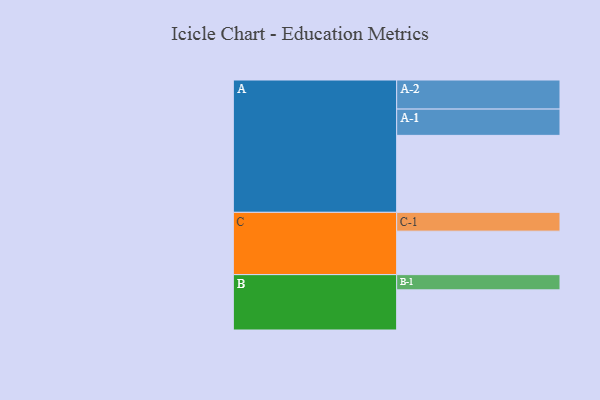
{"axis": {"x": "Segment", "y": "Value"}, "legend": ["", "A", "B", "C"], "data": [{"x": "A", "y": 577, "type": ""}, {"x": "B", "y": 301, "type": ""}, {"x": "C", "y": 326, "type": ""}, {"x": "A-1", "y": 197, "type": "A"}, {"x": "A-2", "y": 218, "type": "A"}, {"x": "B-1", "y": 114, "type": "B"}, {"x": "C-1", "y": 141, "type": "C"}]}